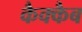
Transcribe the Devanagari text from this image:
कैक्कैब